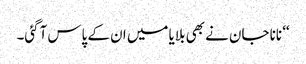
‘‘ نانا جان نے بھی بلایا میں ان کے پاس آگئی۔